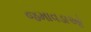
જમાવડાઓ